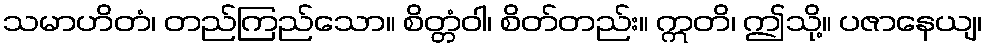
သမာဟိတံ၊ တည်ကြည်သော။ စိတ္တံဝါ၊ စိတ်တည်း။ ဣတိ၊ ဤသို့။ ပဇာနေယျ၊